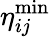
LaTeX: \eta_{ij}^{\operatorname*{min}}